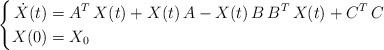
LaTeX: \begin{align*}\left\{\begin{aligned}\dot X(t) & =A^T\,X(t)+X(t)\,A-X(t)\,B\,B^T\,X(t)+C^T\,C \\X(0)&=X_0 \\\end{aligned}\right.\end{align*}